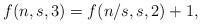
LaTeX: \begin{align*}f(n,s,3)= f(n/s,s,2)+1,\end{align*}